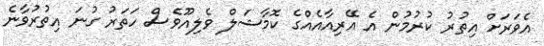
އެވަރަށް އިތުރު ކުރުމުން އެ އޭރިއާއެއްގެ ކޮމާޝަލް ވެލިއޫވެސް ހަތަރު ގުނަ އިތުރުވާނެ